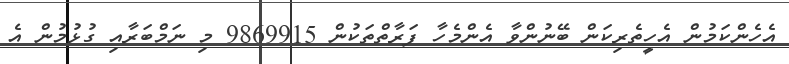
އެހެންކަމުން އެހީތެރިކަން ބޭނުންވާ އެންމެހާ ފަރާތްތަކުން 9869915 މި ނަމްބަރާއި ގުޅުމުން އެ